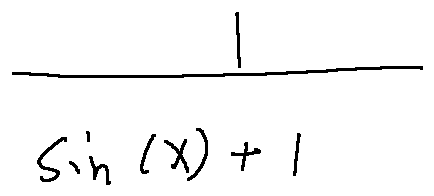
\frac { 1 } { \sin ( x ) + 1 }